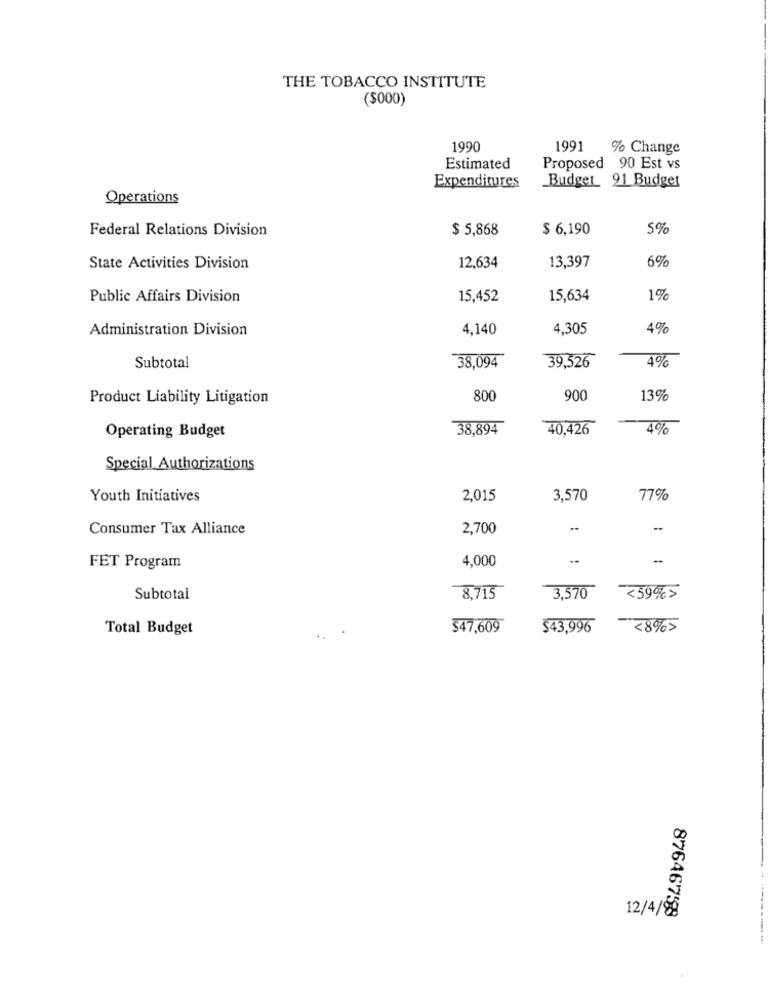
THE TOBACCO INSTITUTE
($000)
1990
1991
% Change
Estimated
Proposed 90 Est vs
Budget 91 Budget
Expenditures
Operations
Federal Relations Division
$ 5,868
$ 6,190
5%
13,397
6%
State Activities Division
12,634
Public Affairs Division
15,452
15,634
1%
Administration Division
4,140
4,305
4%
Subtotal
38,094
39,526
4%
Product Liability Litigation
800
900
13%
Operating Budget
38,894
40,426
4%
Special Authorizations
Youth Initiatives
2,015
3,570
77%
Consumer Tax Alliance
2,700
-
4,000
-
FET Program
Subtotal
8,715
3,570
<59%>
Total Budget
$47,609
$43,996
28%5
12/4/89
87646759